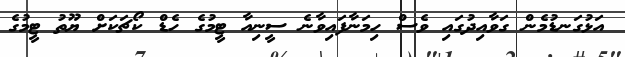
އަޅުގަނޑުމެން ގަވާއިދުގައި ވެސް ހިމަނާފައިވާނެ ސީނިއާ ޓީމުގެ ހެޑް ކޯޗަކަށް ޔޫތު ޓީމުގެ